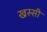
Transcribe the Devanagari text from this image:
खस्सी